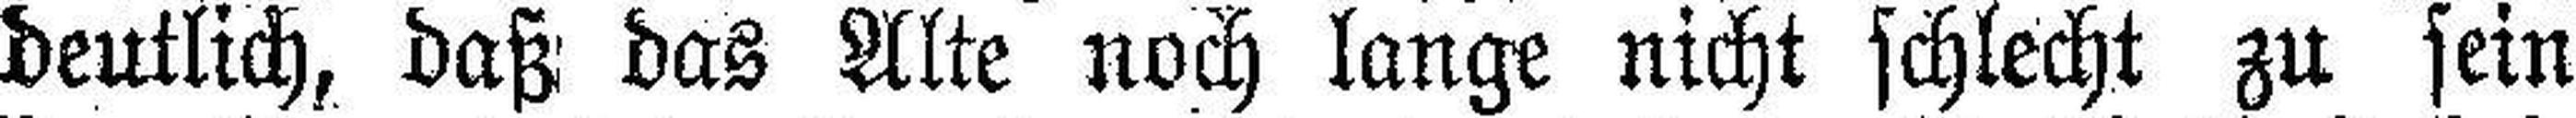
deutlich, daß das Alte noch lange nicht schlecht zu sein